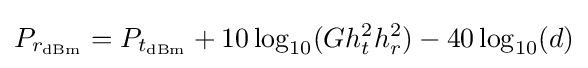
P_{r_{\text{dBm}}}=P_{t_{\text{dBm}}}+10\log _{10}(Gh_{t}^{2}h_{r}^{2})-40\log _{10}(d)